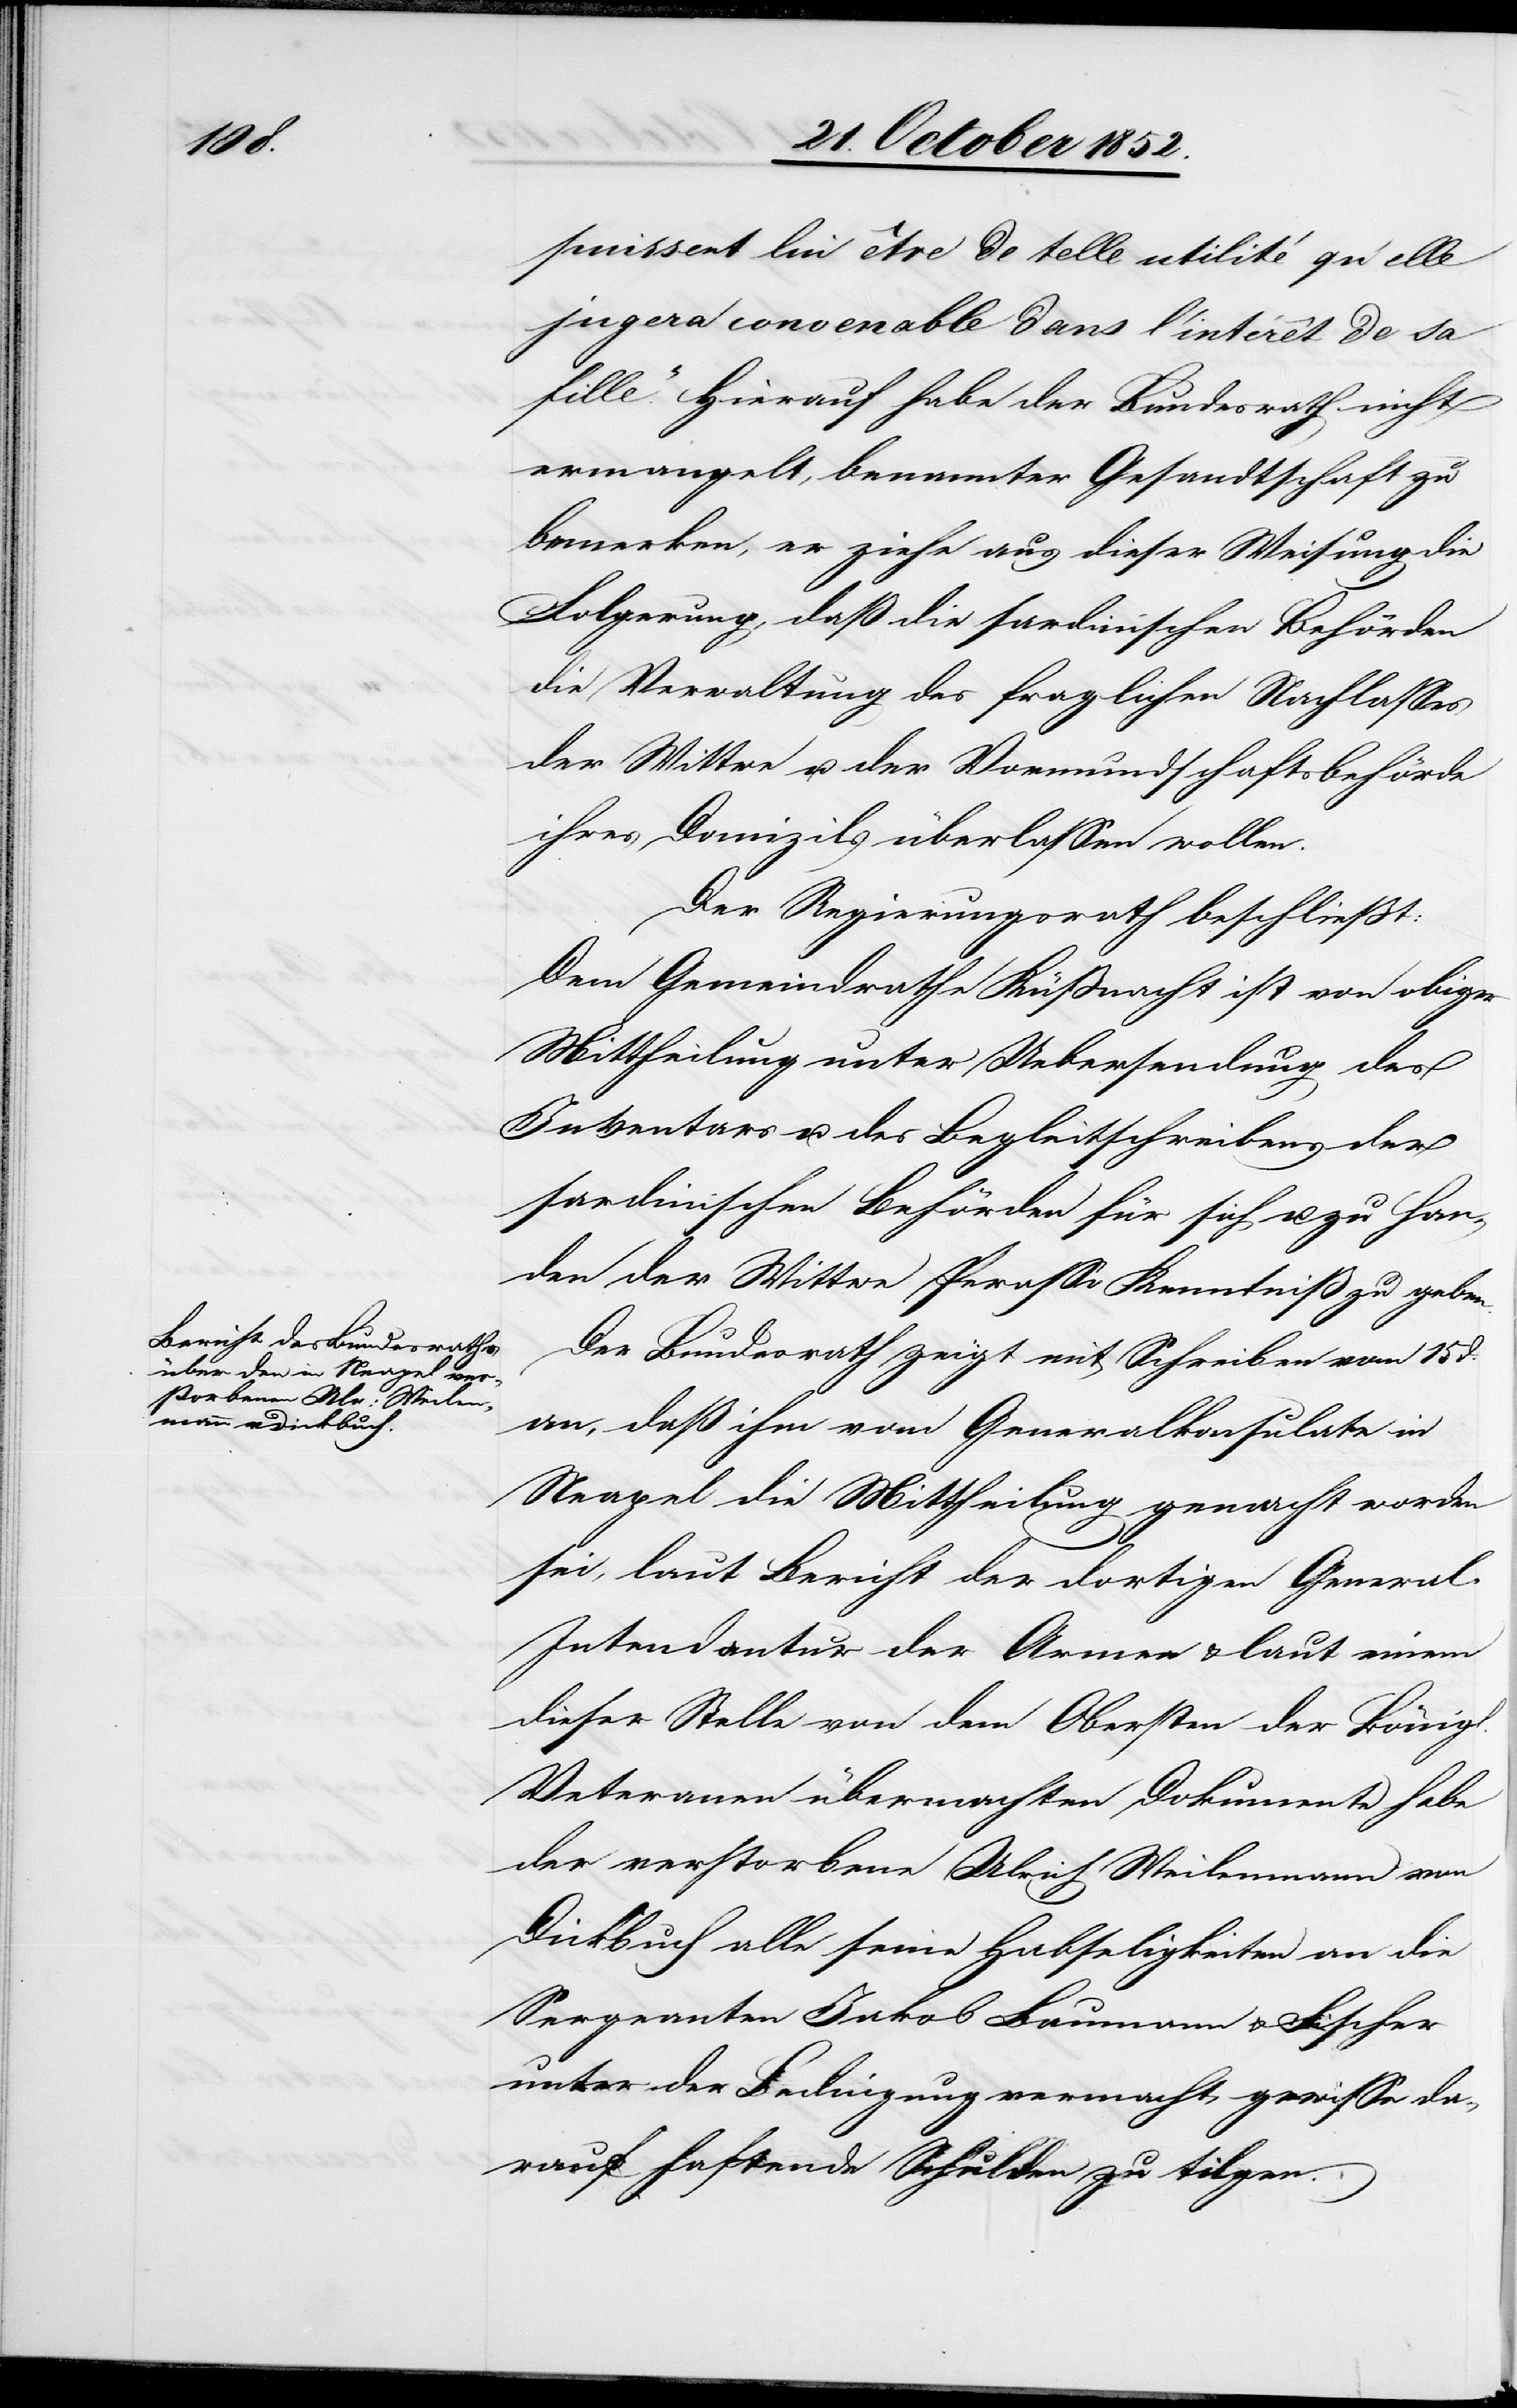
sinissent lui être de telle utilité qu’elle
jugera convenable dans l’intérêt de sa
fille.“ Hierauf habe der Bundesrath nicht
ermangelt, benannter Gesandtschaft zu
bemerken, er ziehe aus dieser Weisung die
Folgerung, daß die sardinischen Behörden
die Verwaltung des fraglichen Nachlasses
der Wittwe u. der Vormundschaftsbehörde
ihres Domizils überlassen wollen.
Der Regierungsrath beschließt:
Dem Gemeindrathe Küßnacht ist von obiger
Mittheilung unter Uebersendung des
Inventars u. des Begleitschreibens der
sardinischen Behörden für sich u. zu Han¬
den der Wittwe Perasso Kenntniß zu geben.
Der Bundesrath zeigt mit Schreiben vom 15 d.
an, daß ihm vom Generalkonsulate in
Neapel die Mittheilung gemacht worden
sei, laut Bericht der dortigen General-I¬
ntendantur der Armen & laut einem
dieser Stelle von dem Obersten der königl.
Veteranen übermachten Dokumente habe
der verstorbene Ulrich Weilenmann von
Dickbuch alle seine Habseligkeiten an die
Sergeanten Jakob Baumann & Fischer
unter der Bedingung vermacht gewisse da¬
rauf haftende Schulden zu tilgen.